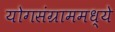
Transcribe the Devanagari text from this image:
योगसंग्राममध्ये